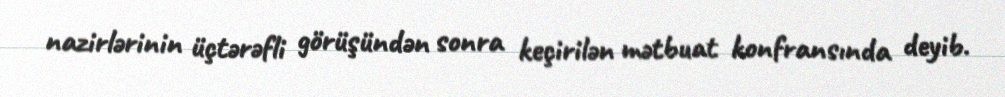
nazirlərinin üçtərəfli görüşündən sonra keçirilən mətbuat konfransında deyib.